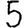
Digit: 5